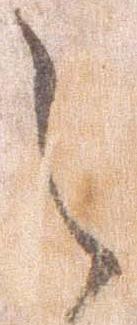
之